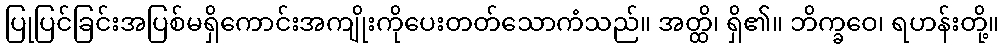
ပြုပြင်ခြင်းအပြစ်မရှိကောင်းအကျိုးကိုပေးတတ်သောကံသည်။ အတ္ထိ၊ ရှိ၏။ ဘိက္ခဝေ၊ ရဟန်းတို့။